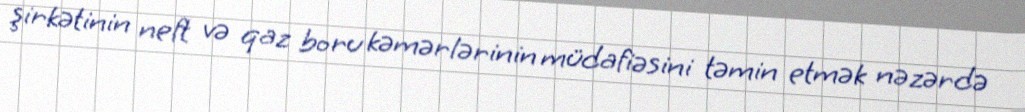
şirkətinin neft və qaz boru kəmərlərinin müdafiəsini təmin etmək nəzərdə